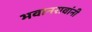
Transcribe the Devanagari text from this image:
भवानरावांनी